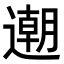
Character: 𨗛